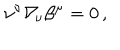
\nu ^ { \nu } \nabla _ { \! \nu } \beta ^ { \mu } = 0 \, ,